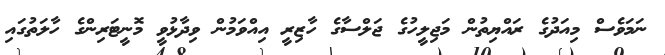
ނަމަވެސް މިއަދުގެ ރައްޔިތުން މަޖިލީހުގެ ޖަލްސާގެ ހާޒިރީ އިއްވަމުން ވިދާޅުވީ މޮނީޓަރިންގެ ހާލަތުގައި